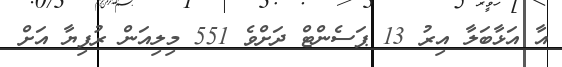
އާ އަޅާބަލާ އިރު 13 ޕަސެންޓް ދަށްވެ 551 މިލިއަން ރުފިޔާ އަށް